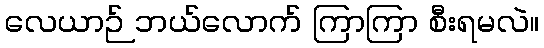
လေယာဉ် ဘယ်လောက် ကြာကြာ စီးရမလဲ။